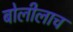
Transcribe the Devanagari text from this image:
बोलीलाच